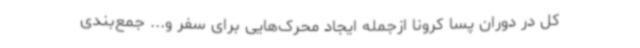
کل در دوران پسا کرونا ازجمله ایجاد محرک‌هایی برای سفر و... جمع‌بندی